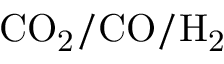
\mathrm { C O _ { 2 } / C O / H _ { 2 } }